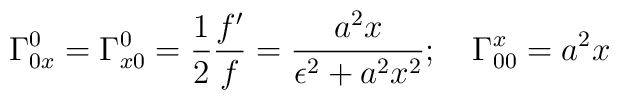
\Gamma^0_{0x} = \Gamma^0_{x0} = \frac{1}{2} \frac{f'}{f} = \frac{a^2 x}{\epsilon^2 + a^2 x^2}; \quad   \Gamma^x_{00} = a^2 x